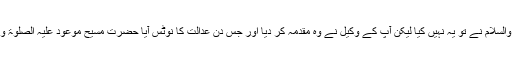
حضرت مسیح موعود علیہ الصلوٰۃ والسلام نے تو یہ نہیں کیا لیکن آپؑ کے وکیل نے وہ مقدمہ کر دیا اور جس دن عدالت کا نوٹس آیا حضرت مسیح موعود علیہ الصلوٰۃ والسلام اس دن قادیان سے باہر تھے۔